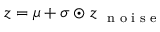
\boldsymbol z = \boldsymbol \mu + \boldsymbol \sigma \odot \boldsymbol z _ { \mathrm { ~ \scriptsize ~ n ~ o ~ i ~ s ~ e ~ } }